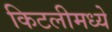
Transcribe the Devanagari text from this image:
किटलीमध्ये